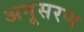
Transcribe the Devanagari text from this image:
अनूसरण